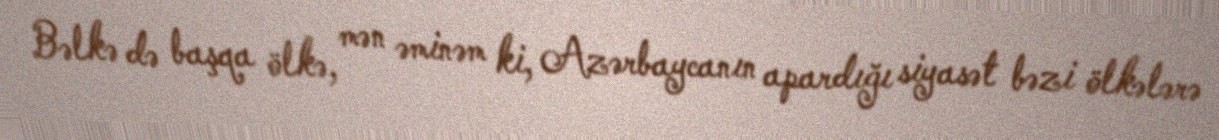
Bəlkə də başqa ölkə, mən əminəm ki, Azərbaycanın apardığı siyasət bəzi ölkələrə